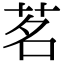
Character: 茗